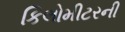
કિલોમીટરની